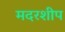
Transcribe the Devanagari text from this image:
मदरशीप